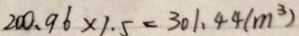
2 0 0 . 9 6 \times 1 . 5 = 3 0 1 . 4 4 ( m ^ { 3 } )